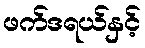
ဖက်ဒရယ်နှင့်